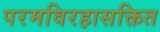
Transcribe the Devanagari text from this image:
परमविरहासक्तित